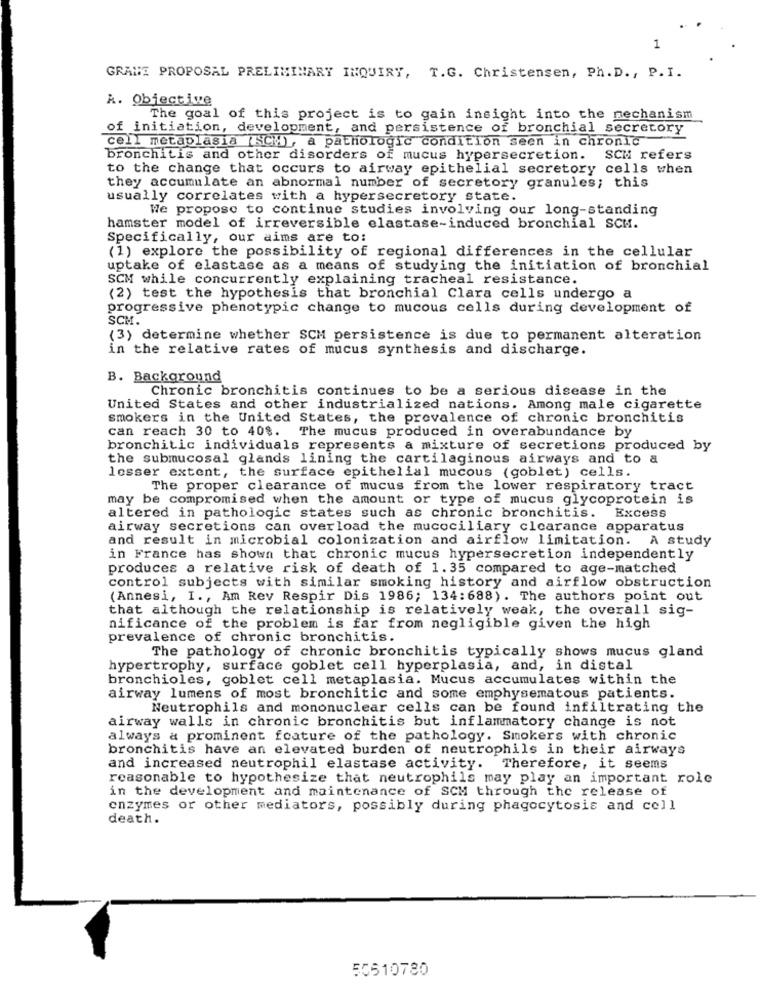
1
GRANE PROPOSAL PRELIMINARY INQUIRY, T.G. Christensen, Ph. D ., P. I.
A. Objective
The goal of this project is to gain insight into the mechanism
of initiation, development, and persistence of bronchial secretory
cell metaplasia (SCM, a pathologic condition seen in chronic
bronchitis and other disorders of mucus hypersecretion. SCH refers
to the change that occurs to airway epithelial secretory cells when
they accumulate an abnormal number of secretory granules; this
usually correlates with a hypersecretory state.
We propose to continue studies involving our long-standing
hamster model of irreversible elastase-induced bronchial SCH.
Specifically, our aims are to:
(1) explore the possibility of regional differences in the cellular
uptake of elastase as a means of studying the initiation of bronchial
SCM while concurrently explaining tracheal resistance.
(2) test the hypothesis that bronchial Clara cells undergo a
progressive phenotypic change to mucous cells during development of
SCM.
(3) determine whether SCM persistence is due to permanent alteration
in the relative rates of mucus synthesis and discharge.
B. Background
Chronic bronchitis continues to be a serious disease in the
United States and other industrialized nations. Among male cigarette
smokers in the United States, the prevalence of chronic bronchitis
can reach 30 to 408. The mucus produced in overabundance by
bronchitic individuals represents a mixture of secretions produced by
the submucosal glands lining the cartilaginous airways and to a
lesser extent, the surface epithelial mucous (goblet) cells.
The proper clearance of mucus from the lower respiratory tract
may be compromised when the amount or type of mucus glycoprotein is
altered in pathologic states such as chronic bronchitis. Excess
airway secretions can overload the mucociliary clearance apparatus
and result in microbial colonization and airflow limitation. A study
in France has shown that chronic mucus hypersecretion independently
produces a relative risk of death of 1.35 compared to age-matched
control subjects with similar smoking history and airflow obstruction
(Annesi, I ., Am Rev Respir Dis 1986; 134:688). The authors point out
that although the relationship is relatively weak, the overall sig-
nificance of the problem is far from negligible given the high
prevalence of chronic bronchitis.
The pathology of chronic bronchitis typically shows mucus gland
hypertrophy, surface goblet cell hyperplasia, and, in distal
bronchioles, goblet cell metaplasia. Mucus accumulates within the
airway lumens of most bronchitic and some emphysematous patients.
Neutrophils and mononuclear cells can be found infiltrating the
airway walls in chronic bronchitis but inflammatory change is not
always a prominent feature of the pathology. Smokers with chronic
bronchitis have an elevated burden of neutrophils in their airways
and increased neutrophil elastase activity. Therefore, it seems
reasonable to hypothesize that neutrophils may play an important role
in the development and maintenance of SCM through the release of
enzymes or other mediators, possibly during phagocytosis and cell
death.
50510780